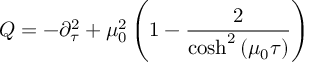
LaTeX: Q = - \partial _ { \tau } ^ { 2 } + \mu _ { 0 } ^ { 2 } \left( 1 - \frac { 2 } { \cosh ^ { 2 } \left( \mu _ { 0 } \tau \right) } \right)